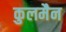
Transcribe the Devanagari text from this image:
कुलमैन